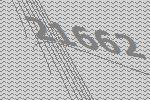
21662